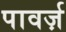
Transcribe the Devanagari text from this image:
पावर्ज़